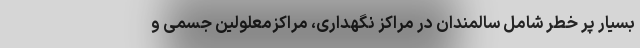
بسیار پر خطر شامل سالمندان در مراکز نگهداری، مراکزمعلولین جسمی و